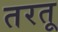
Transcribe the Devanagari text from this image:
तरतू